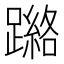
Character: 𮜘